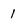
Character: 1